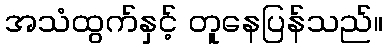
အသံထွက်နှင့် တူနေပြန်သည်။